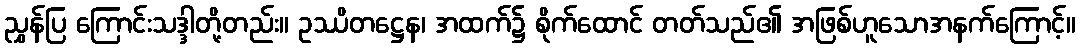
ညွှန်ပြ ကြောင်းသဒ္ဒါတို့တည်း။ ဥဿိတဋ္ဌေန၊ အထက်၌ စိုက်ထောင် တတ်သည်၏ အဖြစ်ဟူသောအနက်ကြောင့်။